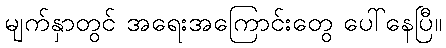
မျက်နှာတွင် အရေးအကြောင်းတွေ ပေါ်နေပြီ။